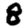
Digit: 8